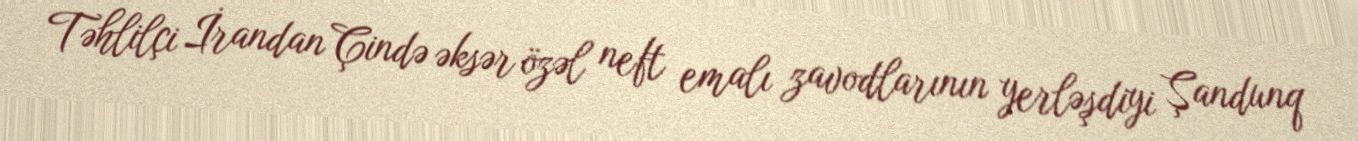
Təhlilçi İrandan Çində əksər özəl neft emalı zavodlarının yerləşdiyi Şandunq